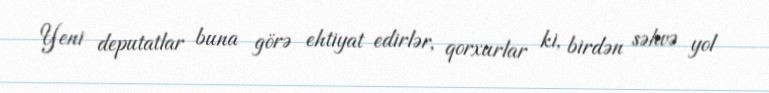
Yeni deputatlar buna görə ehtiyat edirlər, qorxurlar ki, birdən səhvə yol